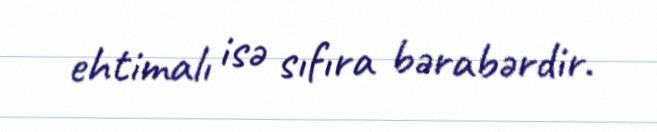
ehtimalı isə sıfıra bərabərdir.